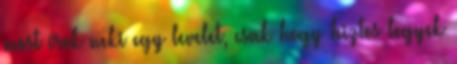
most írok neki egy levelet, csak hogy biztos legyek